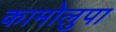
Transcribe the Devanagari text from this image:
कामोलुपा